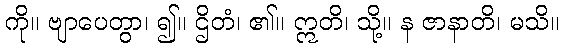
ကို။ ဗျာပေတွာ၊ ၍။ ဌိတံ၊ ၏။ ဣတိ၊ သို့။ န ဇာနာတိ၊ မသိ။